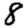
Digit: 8